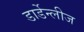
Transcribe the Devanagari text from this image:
डार्डेन्लीज